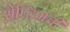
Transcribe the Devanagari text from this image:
सेप्टिमची